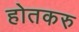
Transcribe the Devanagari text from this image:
होतकरु